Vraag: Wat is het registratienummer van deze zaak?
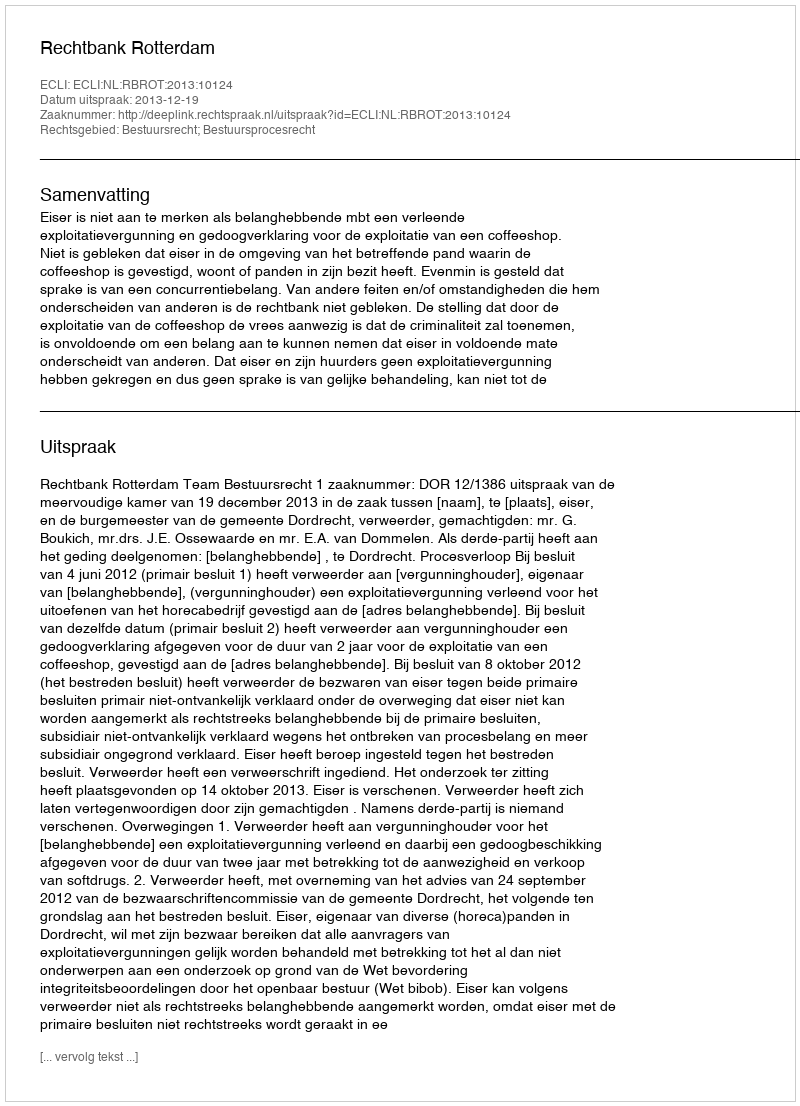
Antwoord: http://deeplink.rechtspraak.nl/uitspraak?id=ECLI:NL:RBROT:2013:10124